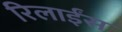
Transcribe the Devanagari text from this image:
रिलाईंस